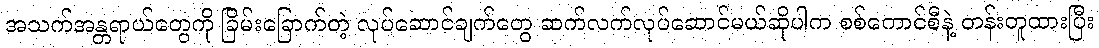
အသက်အန္တရာယ်တွေကို ခြိမ်းခြောက်တဲ့ လုပ်ဆောင်ချက်တွေ ဆက်လက်လုပ်ဆောင်မယ်ဆိုပါက စစ်ကောင်စီနဲ့ တန်းတူထားပြီး